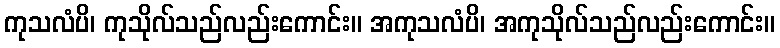
ကုသလံပိ၊ ကုသိုလ်သည်လည်းကောင်း။ အကုသလံပိ၊ အကုသိုလ်သည်လည်းကောင်း။